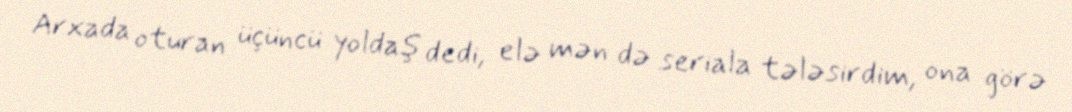
Arxada oturan üçüncü yoldaş dedi, elə mən də seriala tələsirdim, ona görə